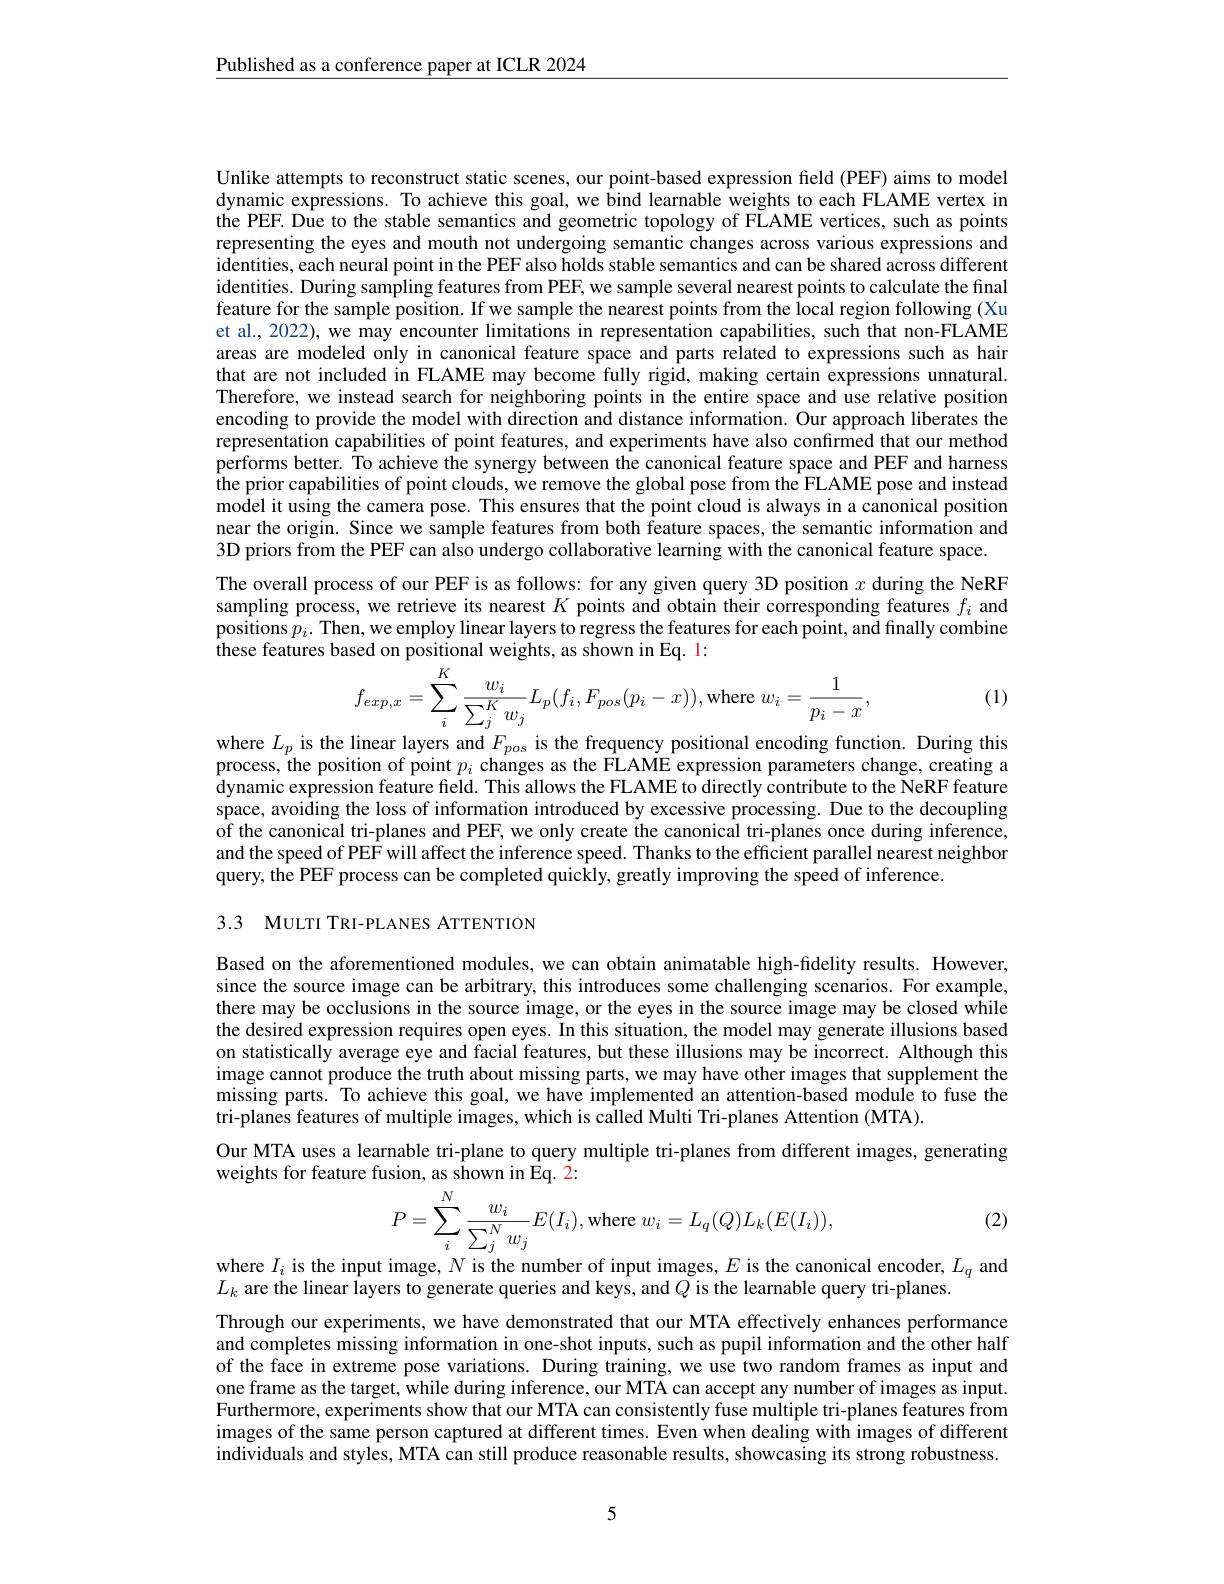
Published as a conference paper at ICLR 2024

Unlike attempts to reconstruct static scenes, our point-based expression field (PEF) aims to model dynamic expressions. To achieve this goal, we bind learnable weights to each FLAME vertex in the PEF. Due to the stable semantics and geometric topology of FLAME vertices, such as points representing the eyes and mouth not undergoing semantic changes across various expressions and identities, each neural point in the PEF also holds stable semantics and can be shared across different identities. During sampling features from PEF, we sample several nearest points to calculate the final feature for the sample position. If we sample the nearest points from the local region following (Xu et al., 2022), we may encounter limitations in representation capabilities, such that non-FLAME areas are modeled only in canonical feature space and parts related to expressions such as hair that are not included in FLAME may become fully rigid, making certain expressions unnatural Therefore, we instead search for neighboring points in the entire space and use relative position encoding to provide the model with direction and distance information. Our approach liberates the representation capabilities of point features, and experiments have also confirmed that our method performs better. To achieve the synergy between the canonical feature space and PEF and harness the prior capabilities of point clouds, we remove the global pose from the FLAME pose and instead model it using the camera pose. This ensures that the point cloud is always in a canonical position near the origin. Since we sample features from both feature spaces, the semantic information and 3D priors from the PEF can also undergo collaborative learning with the canonical feature space.
The overall process of our PEF is as follows: for any given query 3D position $x$ during the NeRF sampling process, we retrieve its nearest $K$ points and obtain their corresponding features $f_i$ and positions $p_i.$ Then, we employ linear layers to regress the features for each point, and finally combine these features based on positional weights, as shown in Eq. 1:
$$f_{exp,x}=\sum_{i}^{K}\frac{w_{i}}{\sum_{j}^{K}w_{j}}L_{p}(f_{i},F_{pos}(p_{i}-x)),\mathrm{where}\:w_{i}=\frac{1}{p_{i}-x},$$
(1)

where $L_p$ is the linear layers and $F_pos$ is the frequency positional encoding function. During this process, the position of point $p_i$ changes as the FLAME expression parameters change, creating a $\hat{\text{dynamic expression feature field. This allows the FLAME to directly contribute to the NeRF feature}}$ space, avoiding the loss of information introduced by excessive processing. Due to the decoupling of the canonical tri-planes and PEF, we only create the canonical tri-planes once during inference, and the speed of PEF will affect the inference speed. Thanks to the efficient parallel nearest neighbor query, the PEF process can be completed quickly, greatly improving the speed of inference.
3.3 MULTI TRI-PLANES ATTENTION

Based on the aforementioned modules, we can obtain animatable high-fidelity results. However, since the source image can be arbitrary, this introduces some challenging scenarios. For example, there may be occlusions in the source image, or the eyes in the source image may be closed while the desired expression requires open eyes. In this situation, the model may generate illusions based on statistically average eye and facial features, but these illusions may be incorrect. Although this image cannot produce the truth about missing parts, we may have other images that supplement the missing parts. To achieve this goal, we have implemented an attention-based module to fuse the tri-planes features of multiple images, which is called Multi Tri-planes Attention (MTA).
Our MTA uses a learnable tri-plane to query multiple tri-planes from different images, generating
weights for feature fusion, as shown in Eq. 2:
$$P=\sum_{i}^{N}\frac{w_{i}}{\sum_{j}^{N}w_{j}}E(I_{i}),\mathrm{where~}w_{i}=L_{q}(Q)L_{k}(E(I_{i})),$$
(2)

where $I_i$ is the input image, $N$ is the number of input images, $E$ is the canonical encoder, $L_q$ and
$L_{k}$ are the linear layers to generate queries and keys, and $Q$ is the learnable query tri-planes.

Through our experiments, we have demonstrated that our MTA effectively enhances performance and completes missing information in one-shot inputs, such as pupil information and the other half of the face in extreme pose variations. During training, we use two random frames as input and one frame as the target, while during inference, our MTA can accept any number of images as input. Furthermore, experiments show that our MTA can consistently fuse multiple tri-planes features from images of the same person captured at different times. Even when dealing with images of different individuals and styles, MTA can still produce reasonable results, showcasing its strong robustness.

5